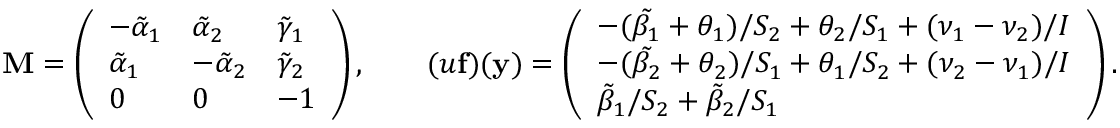
\mathbf { M } = \left( \begin{array} { l l l } { - \tilde { \alpha } _ { 1 } } & { \tilde { \alpha } _ { 2 } } & { \tilde { \gamma } _ { 1 } } \\ { \tilde { \alpha } _ { 1 } } & { - \tilde { \alpha } _ { 2 } } & { \tilde { \gamma } _ { 2 } } \\ { 0 } & { 0 } & { - 1 } \end{array} \right) , \qquad ( u \mathbf { f } ) ( \mathbf { y } ) = \left( \begin{array} { l } { - ( \tilde { \beta _ { 1 } } + \theta _ { 1 } ) / S _ { 2 } + \theta _ { 2 } / S _ { 1 } + ( \nu _ { 1 } - \nu _ { 2 } ) / I } \\ { - ( \tilde { \beta _ { 2 } } + \theta _ { 2 } ) / S _ { 1 } + \theta _ { 1 } / S _ { 2 } + ( \nu _ { 2 } - \nu _ { 1 } ) / I } \\ { \tilde { \beta } _ { 1 } / S _ { 2 } + \tilde { \beta } _ { 2 } / S _ { 1 } } \end{array} \right) .